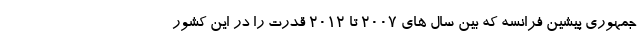
جمهوری پیشین فرانسه که بین سال های ۲۰۰۷ تا ۲۰۱۲ قدرت را در این کشور